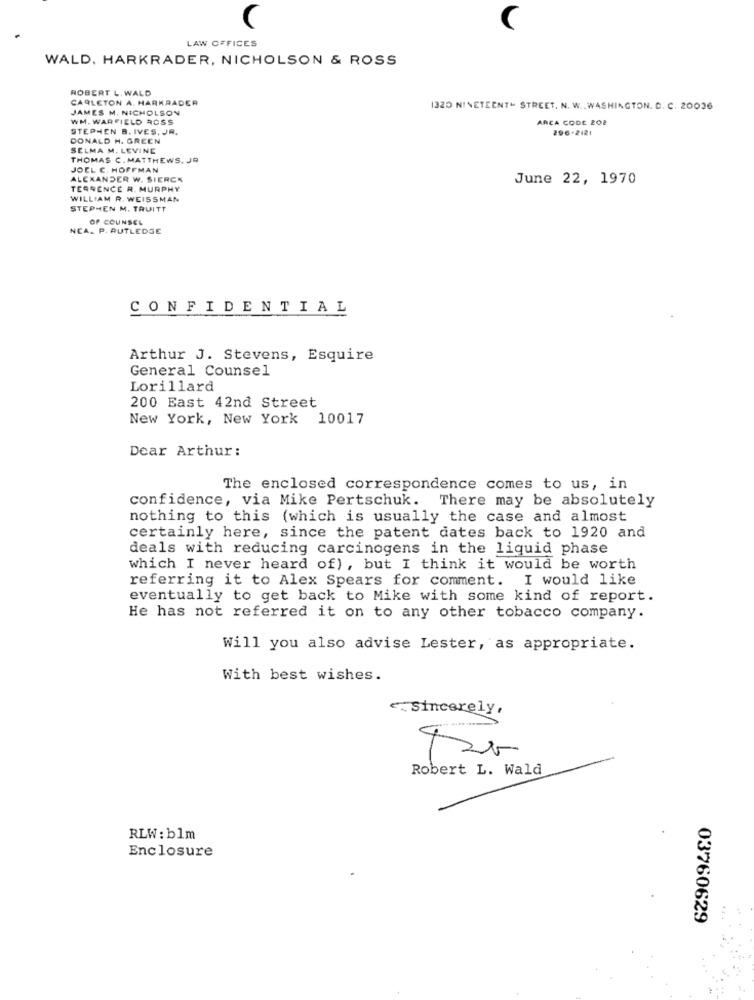
C
LAW OFFICES
WALD. HARKRADER, NICHOLSON & ROSS
ROBERT L. WALD
CARLETON A. HARKRADER
JAMES M. NICHOLSON
1320 NINETEENTH STREET, N. W .. WASHINGTON. C. C. 20036
WH. WARFIELD ROSS
ARCA CODE 202
STEPHEN B. IVES, JR.
296-2121
DONALD H. GREEN
SELMA M. LEVINE
THOMAS C. MATTHEWS, JO
JOEL C. HOFFMAN
ALEXANDER W. SIERCK
June 22, 1970
TERRENCE R. MURPHY
WILLIAM R. WEISSMAN
STEPHEN M. TRUITT
OF COUNSEL
NCA_ P. RUTLEDGE
CONFIDENTIAL
Arthur J. Stevens, Esquire
General Counsel
Lorillard
200 East 42nd Street
New York, New York 10017
Dear Arthur:
The enclosed correspondence comes to us, in
confidence, via Mike Pertschuk. There may be absolutely
nothing to this (which is usually the case and almost
certainly here, since the patent dates back to 1920 and
deals with reducing carcinogens in the liquid phase
which I never heard of), but I think it would be worth
referring it to Alex Spears for comment. I would like
eventually to get back to Mike with some kind of report.
He has not referred it on to any other tobacco company.
Will you also advise Lester, as appropriate.
With best wishes.
e. Sincerely,
Robert L. Wald
RLW: blm
Enclosure
03760629